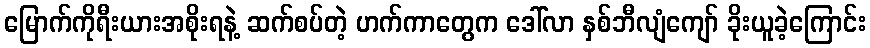
မြောက်ကိုရီးယားအစိုးရနဲ့ ဆက်စပ်တဲ့ ဟက်ကာတွေက ဒေါ်လာ နှစ်ဘီလျံကျော် ခိုးယူခဲ့ကြောင်း